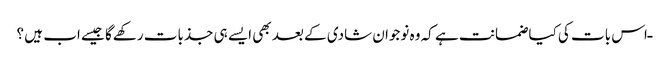
ـ اس بات کی کیا ضمانت ہے کہ وہ نوجوان شادی کے بعد بھی ایسے ہی جذبات رکھےگا جیسے اب ہیں ؟